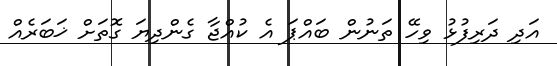
އަދި ދަރިފުޅު ވިހޭ ތަނުން ބައްޕަ އެ ކުއްޖާ ގެންދިޔަ ގޮތަށް ޚަބަރެއް